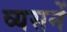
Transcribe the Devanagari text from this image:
व्यसनें